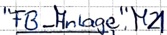
Text: "FB_Anlage".M21